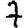
Digit: 7